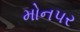
મોનપર